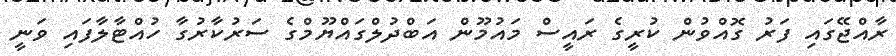
ރާއްޖޭގައި ފަރު ގޮއްވުން ކުރީގެ ރައީސް މައުމޫން އަބްދުލްގައްޔޫމްގެ ސަރުކާރުގާ ހުއްޓާލާފައި ވަނީ